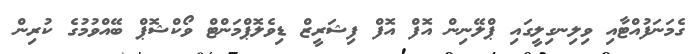
ގެމަނަފުއްޓާއި ވިލިނގިލީގައި ޕްލޭނިން އޮފް އޮފް ފިޝަރީޒް ޑިވެލޮޕްމަންޓް ވޯކްޝޮޕް ބޭއްވުމުގެ ކުރިން